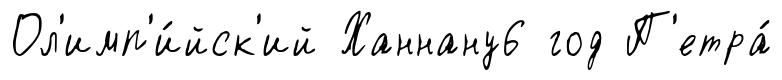
Ол'имп'и́йск'ий Ханнану6 год П'етра́